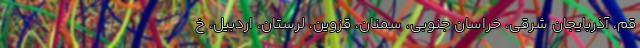
قم، آذربایجان شرقی، خراسان جنوبی، سمنان، قزوین، لرستان، اردبیل، خ